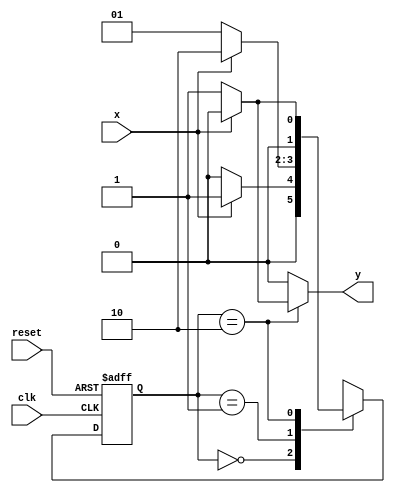

// Guia 10-1 -Mealy 
// Nome: Marley Ribeiro
//-------------------------------------------------

// constant definitions
`define found    1
`define notfound 0

// modulo Mealy 101
module seq_101_mealy ( y, x, clk, reset );
 output y;
 input  x;
 input  clk;
 input  reset;

 reg    y;

 parameter         // state identifiers 
   start  = 2'b00,
   id1    = 2'b01,
   id10   = 2'b10;
   

   reg [1:0] E1;	// current state variables
   reg [1:0] E2;	// next state logic output

// next state logic
   always @( x or E1 )
    begin
     y = `notfound;
     case ( E1 )
      start:
        if ( x )
         E2 = id1;
        else
         E2 = start;
      id1:
        if ( x )
         E2 = id10;
        else
         E2 = id1;
      id10:
			if ( x )
	 			begin
					E2 =  start;
					y  = `notfound;
	 			end
			else
	 			begin
	   			E2 =  id1;
	   			y  = `found;
	 			end
      default:   // undefined state
           E2 =  2'bxx;
      endcase
    end // always at signal or state changing

// state variables
   always @( posedge clk or negedge reset )
    begin
     if ( reset )
      E1 = E2;    // updates current state
     else
      E1 = 0;     // reset
    end // always at signal changing

endmodule //exe01

// --- TESTE

module teste;
 reg   clk, reset, x;
 wire  e01;

 seq_101_mealy mealy1 ( e01, x, clk, reset );

 initial
  begin
   $display ( "\n Marley Ribeiro-414510" );
   $display ( "Time x exer01" );

// initial values
       clk   = 1;
       reset = 0;
       x     = 0;

// input signal changing
  #5   reset = 1;
  #10  x = 0;
  #10  x = 0;
  #10  x = 1;
  #10  x = 0;
  #10  x = 0;
  #10  x = 1;
  #10  x = 0;
  #10  x = 1;

  #30 $finish;
 end // initial

 always
  #5 clk = ~clk;

 always @( posedge clk )
  begin
   $display ( "%4d  %4b  %4b", $time, x, e01 );
  end // always at positive edge clocking changing

endmodule